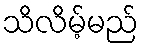
သိလိမ့်မည်